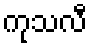
ကုသလီ